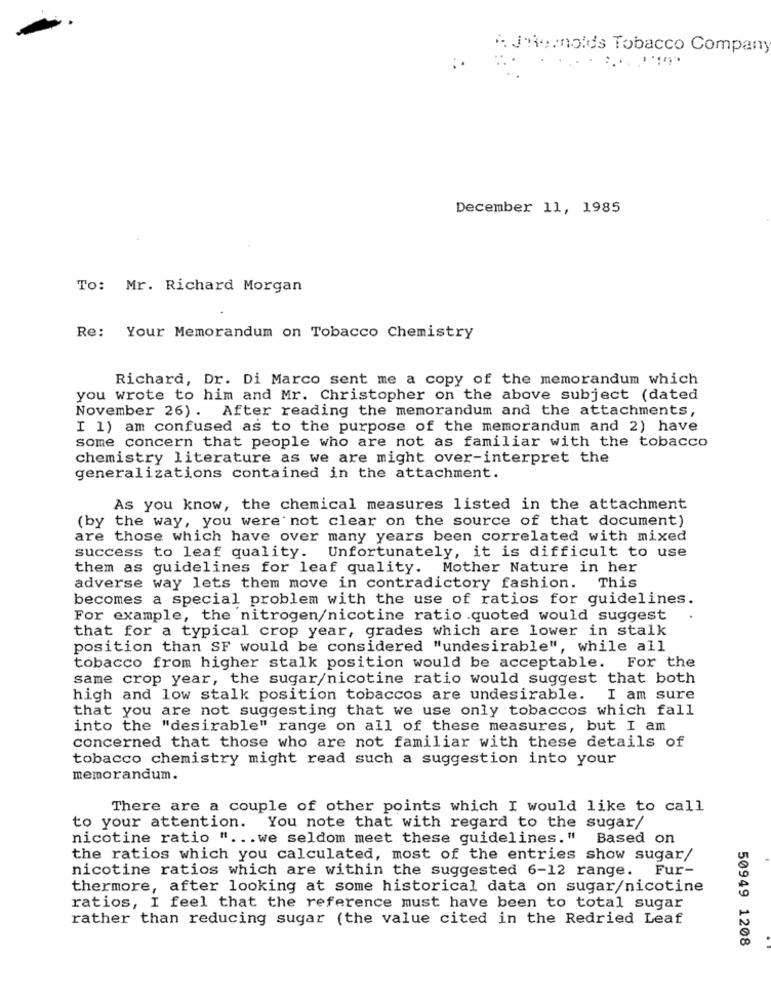
A Jemnolds Tobacco Company
December 11, 1985
To: Mr. Richard Morgan
Re: Your Memorandum on Tobacco Chemistry
Richard, Dr. Di Marco sent me a copy of the memorandum which
you wrote to him and Mr. Christopher on the above subject (dated
November 26) . After reading the memorandum and the attachments,
I 1) am confused as to the purpose of the memorandum and 2) have
some concern that people who are not as familiar with the tobacco
chemistry literature as we are might over-interpret the
generalizations contained in the attachment.
As you know, the chemical measures listed in the attachment
(by the way, you were not clear on the source of that document)
are those which have over many years been correlated with mixed
success to leaf quality. Unfortunately, it is difficult to use
them as guidelines for leaf quality. Mother Nature in her
adverse way lets them move in contradictory fashion. This
becomes a special problem with the use of ratios for guidelines.
For example, the nitrogen/nicotine ratio .quoted would suggest
that for a typical crop year, grades which are lower in stalk
position than SF would be considered "undesirable", while all
tobacco from higher stalk position would be acceptable. For the
same crop year, the sugar/nicotine ratio would suggest that both
high and low stalk position tobaccos are undesirable.
I am sure
that you are not suggesting that we use only tobaccos which fall
into the "desirable" range on all of these measures, but I am
concerned that those who are not familiar with these details of
tobacco chemistry might read such a suggestion into your
memorandum.
There are a couple of other points which I would like to call
to your attention.
You note that with regard to the sugar/
nicotine ratio " ... we seldom meet these guidelines." Based on
the ratios which you calculated, most of the entries show sugar/
nicotine ratios which are within the suggested 6-12 range. Fur-
thermore, after looking at some historical data on sugar/nicotine
ratios, I feel that the reference must have been to total sugar
rather than reducing sugar (the value cited in the Redried Leaf
50949 1208